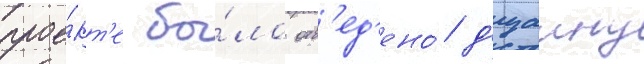
прое́кт'е бы́ло отв'ед'ено́ д'изаину